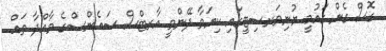
ގޮސް ގެން ގައުމީ ޔުނިވަރސިޓީގައި ކިޔަވާ ދޭންވީ އާރޓްސް ސައެންސްގެ މާއްދާ ތައް.